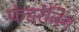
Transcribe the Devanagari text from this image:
फंडरेजिंग